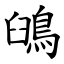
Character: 䳎